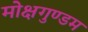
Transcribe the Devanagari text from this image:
मोक्षगुण्डम